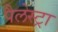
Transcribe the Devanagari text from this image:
पैलेस्ट्रा